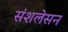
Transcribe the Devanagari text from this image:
संशलेसन